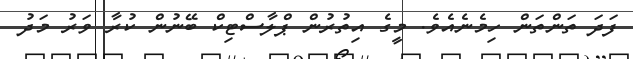
ފަދަ ތަންތަން ހިމެނެއެވެ. މީގެ އިތުރުން ޕްލާސްޓިކް ބޭނުން ކުރާ ވަރު މަދު